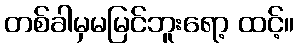
တစ်ခါမှမမြင်ဘူးရော့ ထင့်။